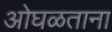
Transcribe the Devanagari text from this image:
ओघळताना